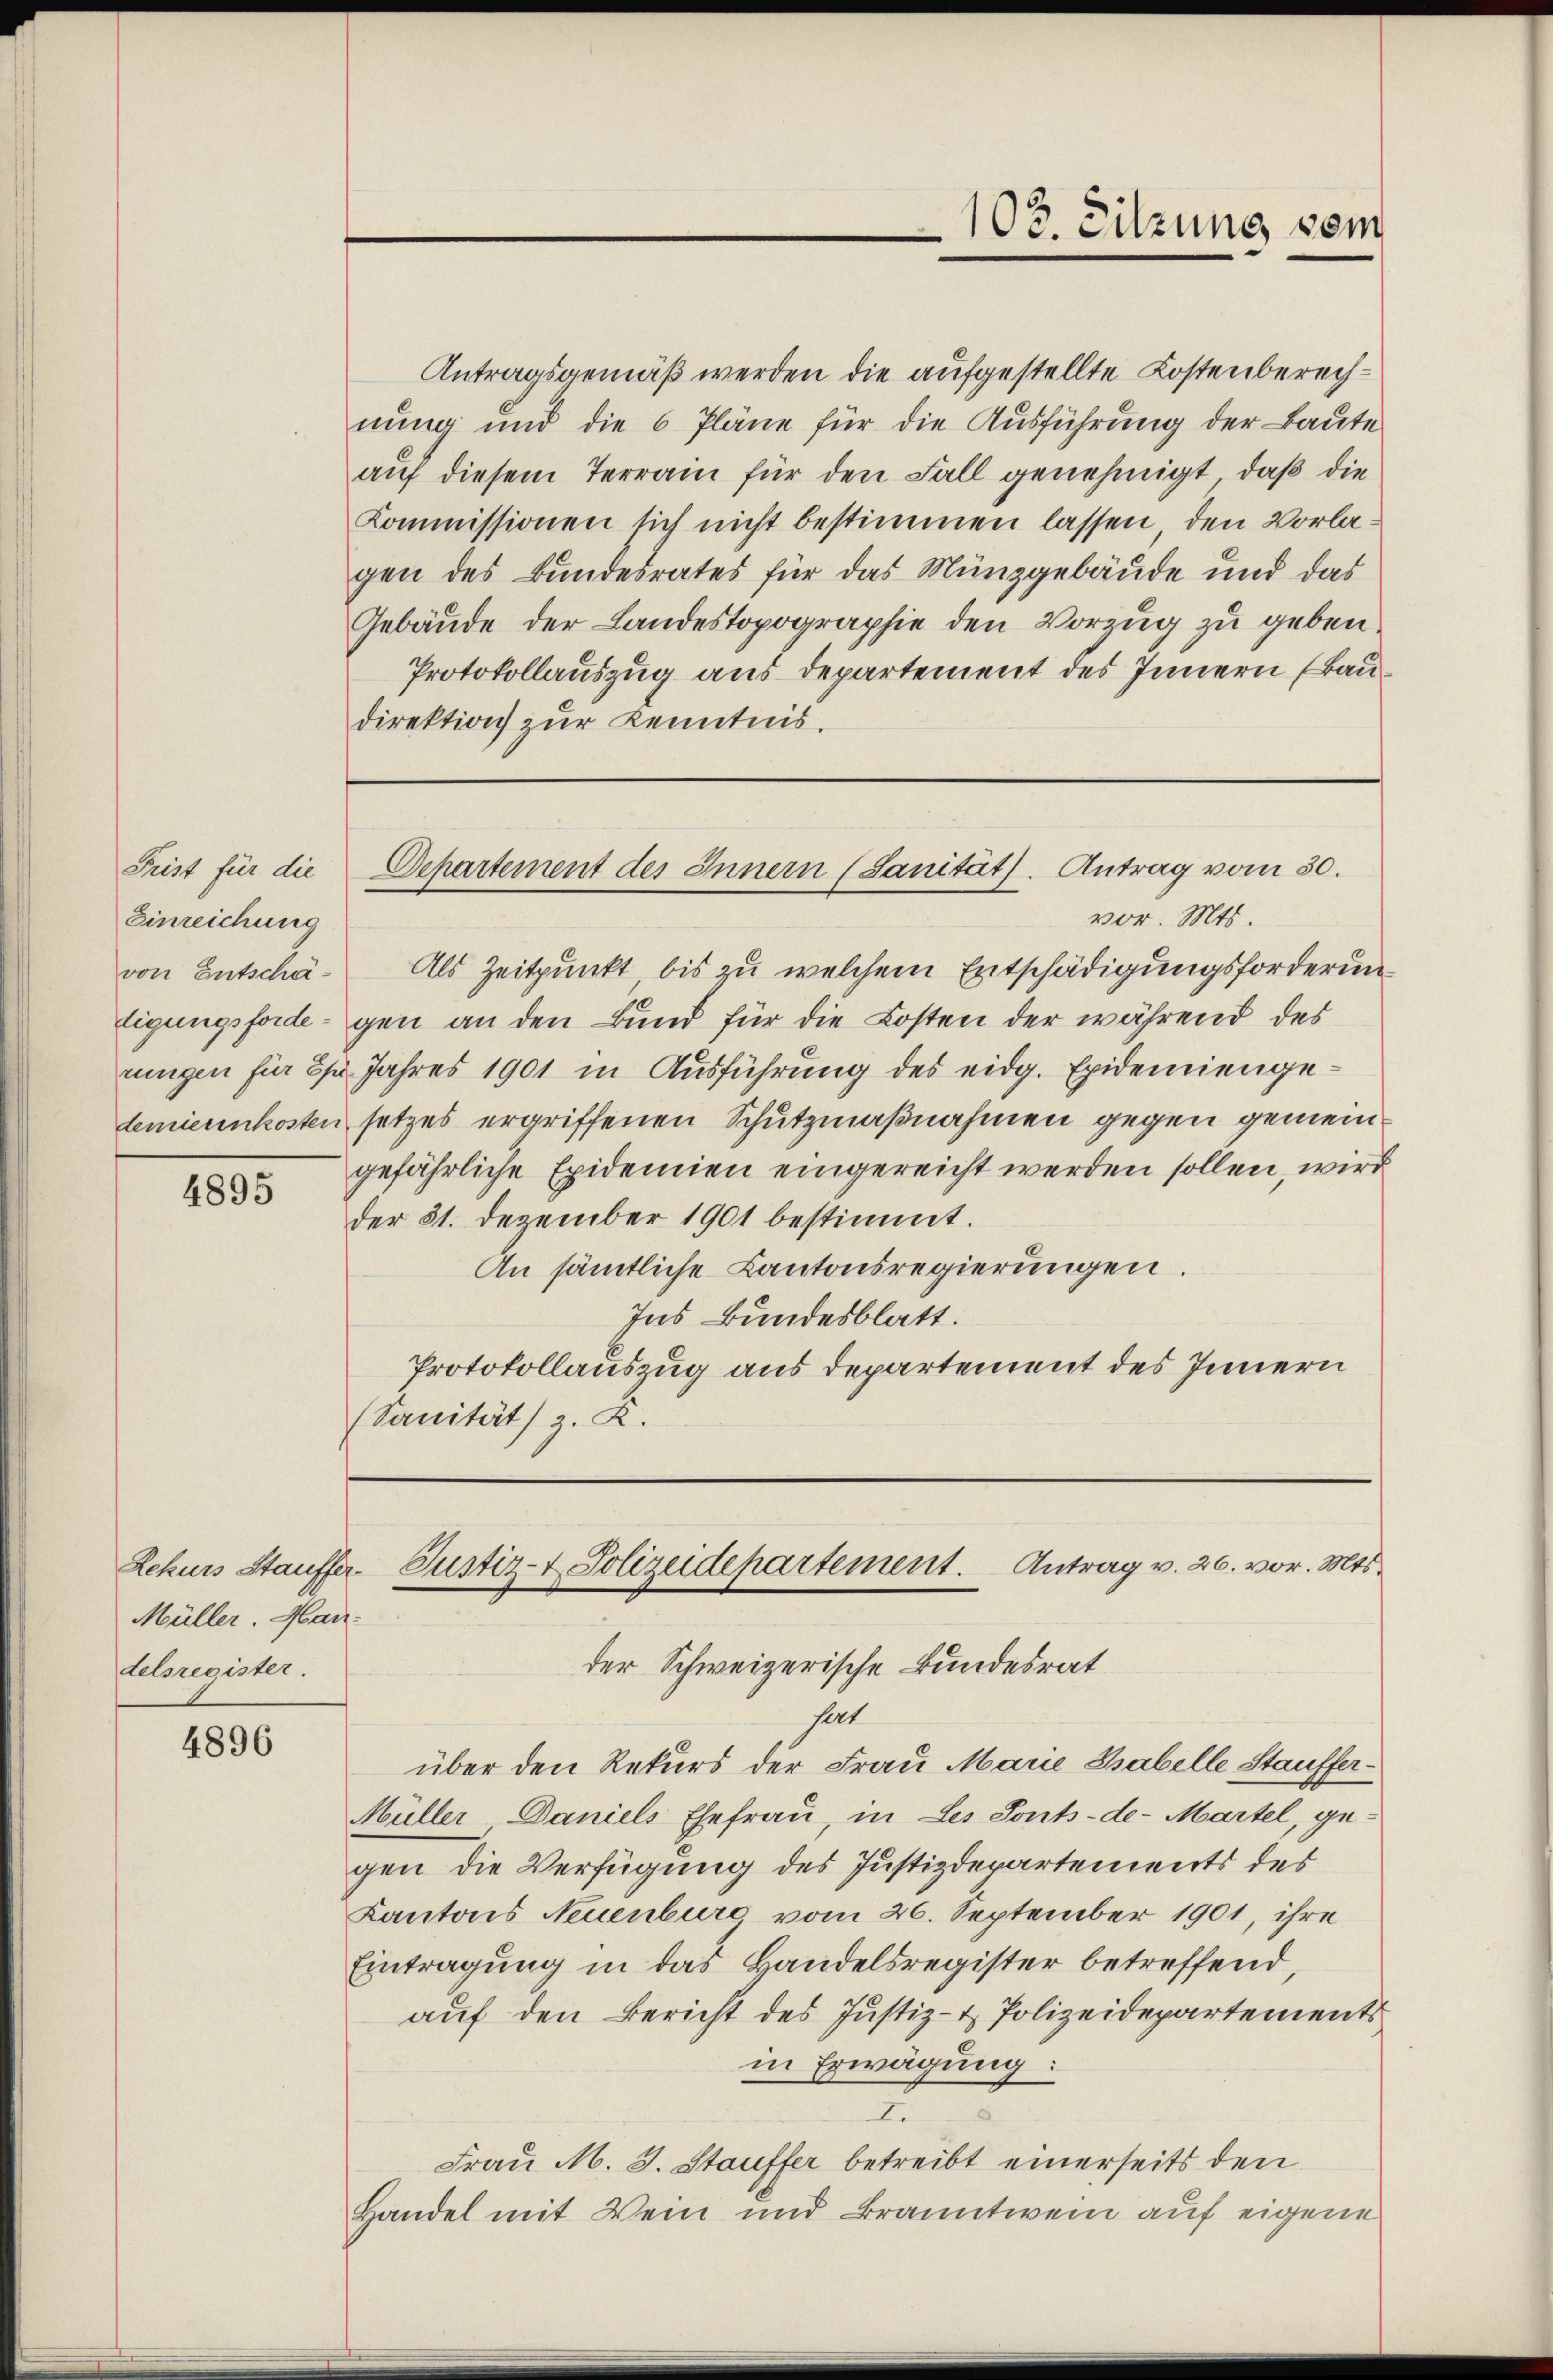
Frist für die
Einreichung
von Entschädigungsforderungen für Spr
demiernkosten

4895

Müller. Man
delsregister.

4896

Antragsgemäß werden die aufgestellte Kostenberechnung und die 6 Pläne für die Ausführung der Baute
auf diesem Terrain für den Fall genehmigt, daß die
Kommissionen sich nicht bestimmen lassen, den Vorlagen des Bundesrates für das Münzgebäude und das
Gebäude der Landestopographie den Vorzug zu geben
Protokollauszug aus departement des Innern (Baudirektion zur Kenntnis.

Als Zeitpunkt bis zu welchem Entschädigungsforderungen an den Bund für die Kosten der während des
Jahres 1901 in Ausführung des eidg. Epidemiengesetzes ergriffenen Schutzmaßnahmen gegen gemeingefährliche Epidemien eingereicht werden sollen, wird
der 31. Dezember 1901 bestimmt.
An sämtliche Kantonsregierungen.
Ins Bundesblatt.
Protokollauszug aus Departement des Innern
(Sanität) z. K.

103. Sitzung vom

Departement des Innern (Sanität). Antrag vom 30.
vor. Mts.

hert
über den Rekurs der Frau Marie Tabelle Stauffer¬
Müller Daniels Ehefrau, in Les Sonts-de- Martel, ge-
gen die Verfügung des Justizdepartements des
Kantons Neuenburc vom 26. September 1901, ihre
Eintragung in das Handelsregister betreffend,
auf den Bericht des Justiz- & Polizeidepartements
in Erwägung:
.
Frau M. 3. Stauffer betreibt einerseits den
Handel mit Wein und Branntwein auf eigene

Zekurs Stauffer Justiz- & Polizeidepartement. Antrag v. 26. vor. Mts.
der Schweizerische Bundesrat